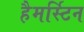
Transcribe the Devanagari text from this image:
हैमर्स्टिन